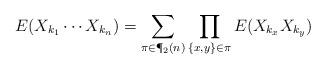
LaTeX: \begin{align*}E(X_{k_1} \cdots X_{k_n}) = \sum_{\pi \in \P_2(n)} \prod_{\{x,y\} \in \pi} E(X_{k_x} X_{k_y})\end{align*}